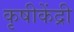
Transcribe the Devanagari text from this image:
कृषीकेंद्री